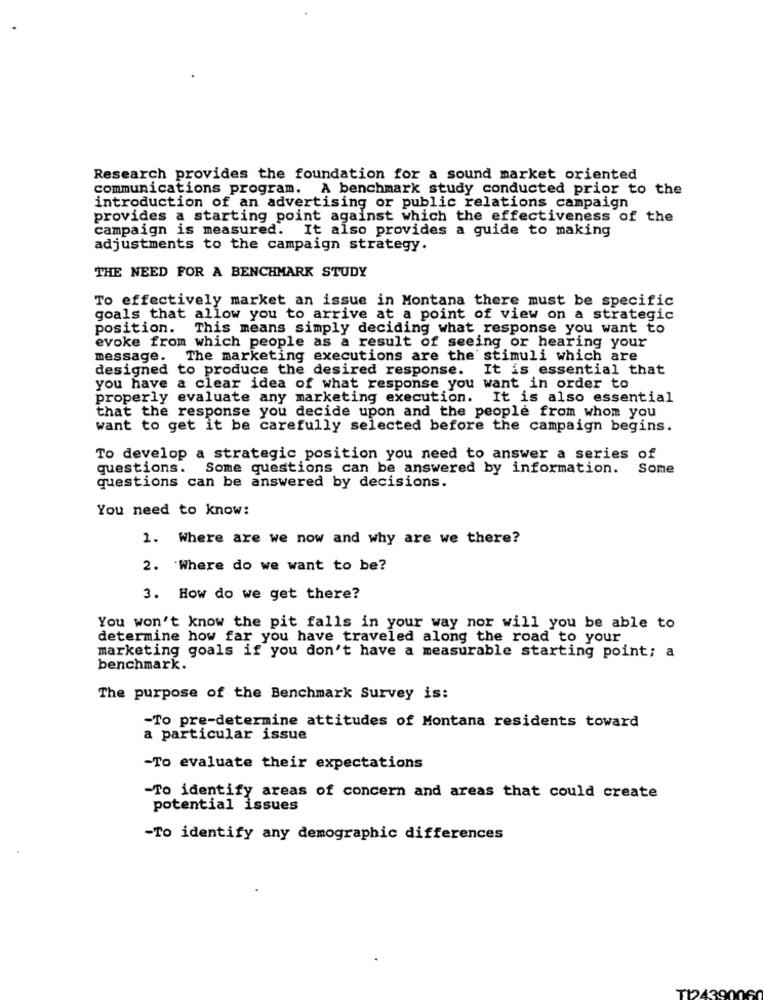
Research provides the foundation for a sound market oriented
communications program. A benchmark study conducted prior to the
introduction of an advertising or public relations campaign
provides a starting point against which the effectiveness of the
campaign is measured. It also provides a guide to making
adjustments to the campaign strategy.
THE NEED FOR A BENCHMARK STUDY
To effectively market an issue in Montana there must be specific
goals that allow you to arrive at a point of view on a strategic
position. This means simply deciding what response you want to
evoke from which people as a result of seeing or hearing your
message. The marketing executions are the stimuli which are
designed to produce the desired response. It is essential that
you have a clear idea of what response you want in order to
properly evaluate any marketing execution. It is also essential
that the response you decide upon and the people from whom you
want to get it be carefully selected before the campaign begins.
To develop a strategic position you need to answer a series of
questions. Some questions can be answered by information. Some
questions can be answered by decisions.
You need to know:
1. Where are we now and why are we there?
2. Where do we want to be?
3. How do we get there?
You won't know the pit falls in your way nor will you be able to
determine how far you have traveled along the road to your
marketing goals if you don't have a measurable starting point; a
benchmark.
The purpose of the Benchmark Survey is:
-To pre-determine attitudes of Montana residents toward
a particular issue
-To evaluate their expectations
-To identify areas of concern and areas that could create
potential issues
-To identify any demographic differences
TI2439